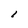
Character: l